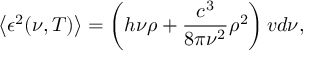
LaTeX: \left\langle \epsilon ^ { 2 } ( \nu , T ) \right\rangle = \left( h \nu \rho + { \frac { c ^ { 3 } } { 8 \pi \nu ^ { 2 } } } \rho ^ { 2 } \right) v d \nu ,